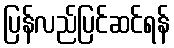
ပြန်လည်ပြင်ဆင်ရန်